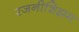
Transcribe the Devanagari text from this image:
रजनीशिझम